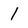
Character: 1